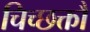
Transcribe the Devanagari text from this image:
चिच्छक्तौ